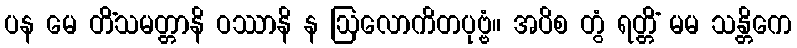
ပန မေ တိံသမတ္တာနိ ဝဿာနိ န ဩလောကိတပုဗ္ဗံ။ အပိစ တွံ ရတ္တိံ မမ သန္တိကေ